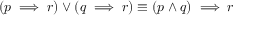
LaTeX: ( p \implies r ) \vee ( q \implies r ) \equiv ( p \wedge q ) \implies r